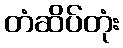
တံဆိပ်တုံး